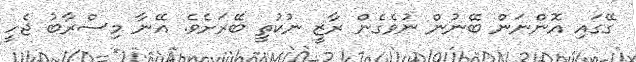
ގޭގައި އޮންނަން ބޭނުން ނުވެގެން ރާޒީ ނުކުތީ ބޭރަށެވެ. އޭނާ މިސްރާބު ޖެހީ